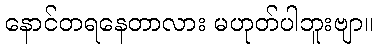
နောင်တရနေတာလား မဟုတ်ပါဘူးဗျာ။